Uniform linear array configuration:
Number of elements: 64
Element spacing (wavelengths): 0.75
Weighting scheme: hann
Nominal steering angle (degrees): -15
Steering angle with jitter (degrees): -14.726
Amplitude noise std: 0.05
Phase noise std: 0.05

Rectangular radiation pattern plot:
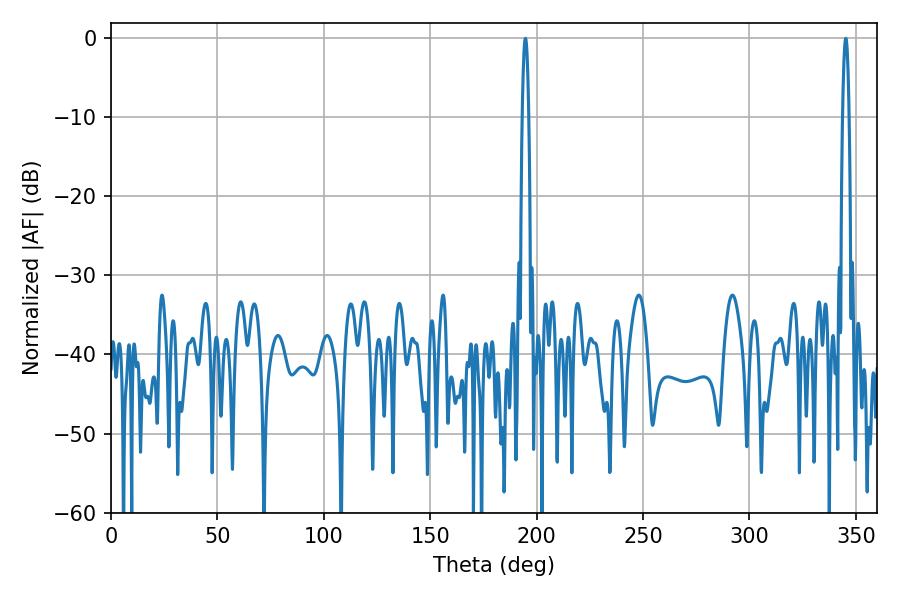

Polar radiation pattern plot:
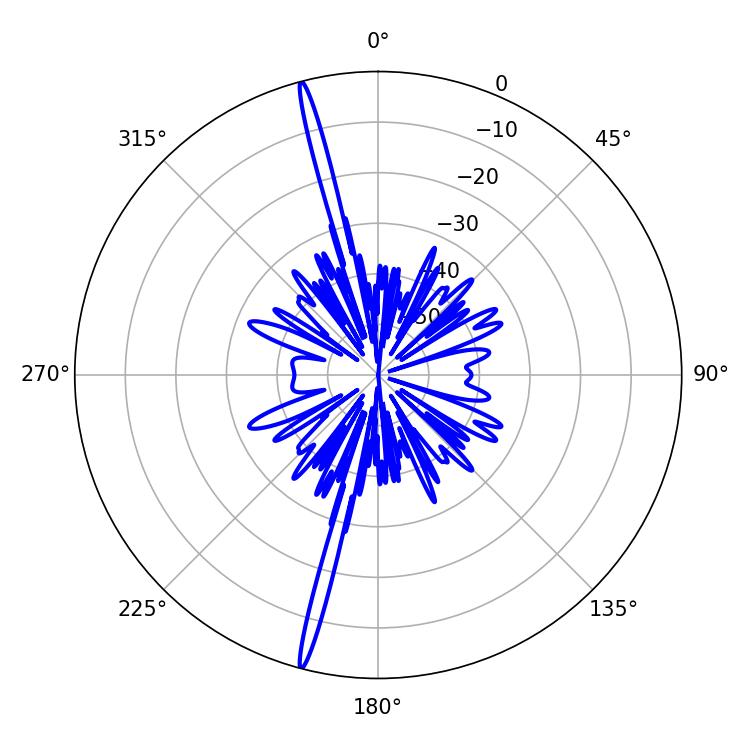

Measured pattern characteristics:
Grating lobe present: TRUE
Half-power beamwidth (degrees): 1.62
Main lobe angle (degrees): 194.76